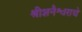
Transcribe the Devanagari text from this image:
श्रीशनैश्वराचे